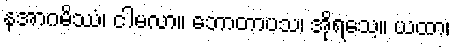
နအာဂမိဿံ၊ ငါမလာ။ ဘောတာပသ၊ အိုရသေ့။ ယထာ၊